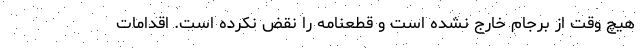
هیچ وقت از برجام خارج نشده است و قطعنامه را نقض نکرده است. اقدامات